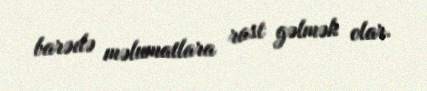
barədə məlumatlara rast gəlmək olar.